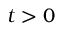
t > 0